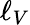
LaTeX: \ell_{V}